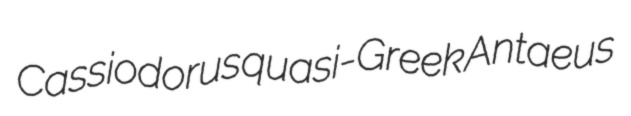
Cassiodorus quasi-Greek Antaeus